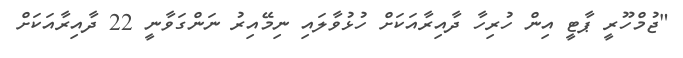
"ޖުމްހޫރީ ޕާޓީ އިން ހުރިހާ ދާއިރާއަކަށް ހުޅުވާލައި ނިމޭއިރު ނަންގަވާނީ 22 ދާއިރާއަކަށް